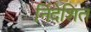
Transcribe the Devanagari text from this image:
र्निदेशित